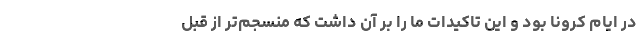
در ایام کرونا بود و این تاکیدات ما را بر آن داشت که منسجم‌تر از قبل